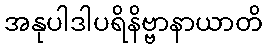
အနုပါဒါပရိနိဗ္ဗာနာယာတိ